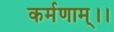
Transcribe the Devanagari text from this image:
कर्मणाम्।।